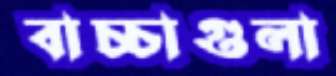
বাচ্চাগুলা